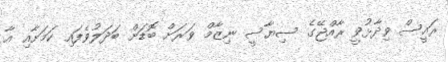
ރައީސް ވިދާޅުވީ ރާއްޖޭގެ ސިޔާސީ ނިޒާމް ވަރަށް ބޮޑަށް ބަދަލުވެފައި ކަމަށާއި އާ